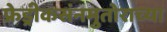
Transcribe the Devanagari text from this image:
फ्रेड्रीकसंनमुतोराच्या